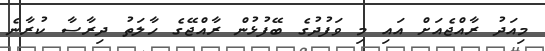
މިއަދު ރާއްޖެއަށް އައި މި ވަފުދުގެ ބޭފުޅުން ރާއްޖޭގެ ހާލަތު ދިރާސާ ކުރާނެ